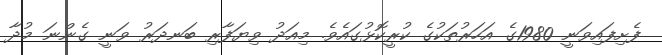
ފެށިފައިވަނީ 1980ގެ އަހަރުތަކުގެ ކުރީކޮޅުގައެވެ. މިއަދު ވިޔަފާރި ބަނދަރު ވަނީ ގެންނަ މުދާ